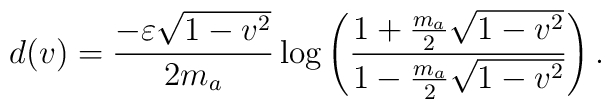
d(v)=\frac{-\varepsilon\sqrt{1-v^2}}{2m_a} \log\left(\frac{1+\frac{m_a}{2}\sqrt{1-v^2}}{1-\frac{m_a}{2}\sqrt{1-v^2}}\right).